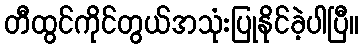
တီထွင်ကိုင်တွယ်အသုံးပြုနိုင်ခဲ့ပါပြီ။